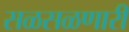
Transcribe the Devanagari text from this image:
सळसळणारी